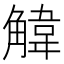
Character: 𫌱